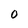
Character: 0